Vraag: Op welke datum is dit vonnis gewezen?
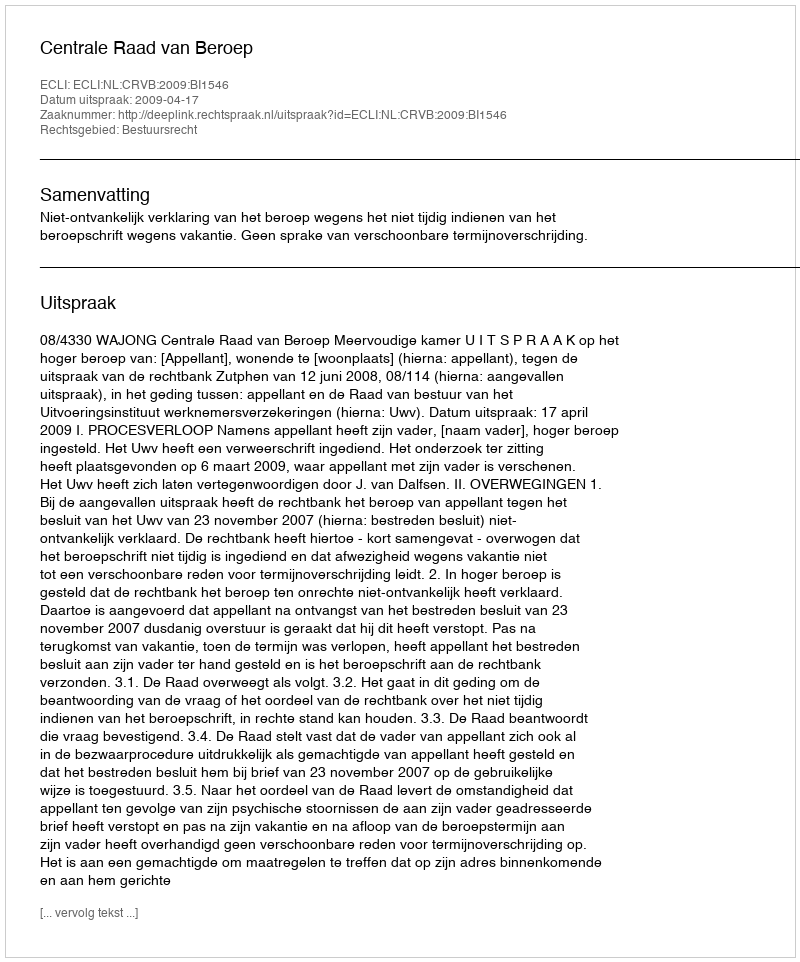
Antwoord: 2009-04-17